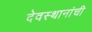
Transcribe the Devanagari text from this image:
देवस्थानांची